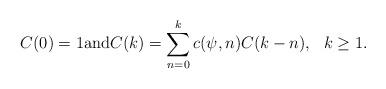
LaTeX: \begin{align*}C(0)=1\mathrm{and}C(k) = \sum _{n=0}^k c(\psi ,n)C(k-n),\ \ k\geq 1.\end{align*}